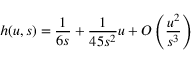
h ( u , s ) = \frac { 1 } { 6 s } + \frac { 1 } { 4 5 s ^ { 2 } } u + { \cal O } \left( \frac { u ^ { 2 } } { s ^ { 3 } } \right)